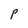
Character: P